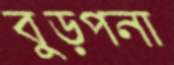
বুড়পনা